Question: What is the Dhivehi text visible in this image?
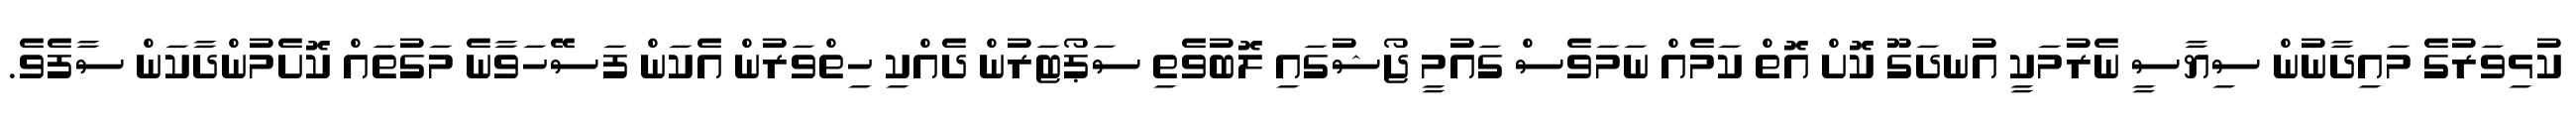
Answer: ކުޅިވަރުގެ މައިދާނުން ސިޔާސީ ނެރުމަކީ އުނދަގޫ ކޮށް އޮތް ކަމެއް ނަމަވެސް ގައުމީ ޖޯޝުގައި ލޮބުވެތި ސަޕޯޓަރުން ދެއްކި ހިތްވަރުން އެކަން ފަސޭހަވާނެ މަގުތައް ކޮށެމުންދާކަން ސާފެވެ.